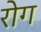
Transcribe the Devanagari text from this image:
रोग